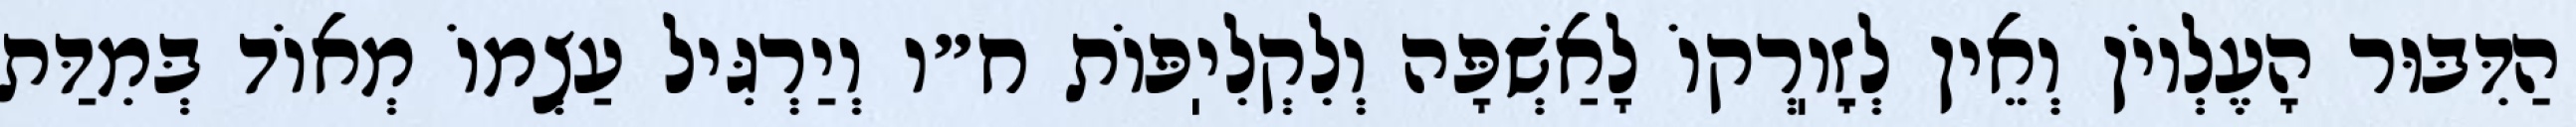
הַדִּבּוּר הָעֶלְיוֹן וְאֵין לְזׇוֽרְקוֹ לָאַשְׁפָּה וְלִקְלִיֽפּוֹת ח״ו וְיַרְגִּיל עַצְמוֹ מְאוֹד בְּמִדַּת